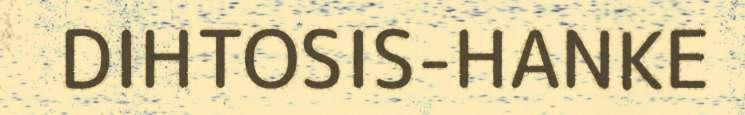
DIHTOSIS-HANKE